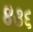
૪૩૬